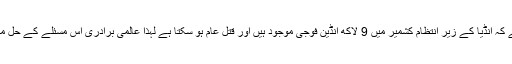
عمران خان نے کہا ہے کہ انڈیا کے زیر انتظام کشمیر میں 9 لاکھ انڈین فوجی موجود ہیں اور قتل عام ہو سکتا ہے لہذا عالمی برادری اس مسئلے کے حل میں اپنا کردار ادا کرے۔